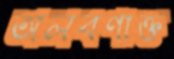
অলবণাক্ত